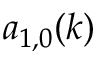
a _ { 1 , 0 } ( k )